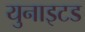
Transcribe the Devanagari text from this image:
युनाइटड